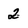
Character: 2